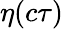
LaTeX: \eta(c\tau)